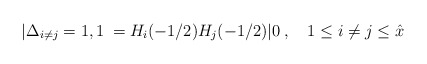
\begin{align*}|\Delta_{i \ne j}=1,1\> = H_i(-1/2)H_j(-1/2)|0\>,\quad 1 \le i \ne j \le {\hat x}\end{align*}